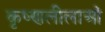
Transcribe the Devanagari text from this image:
कृष्णलीलाओं